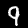
Digit: 9